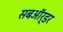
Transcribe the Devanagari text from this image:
सबऑर्डर